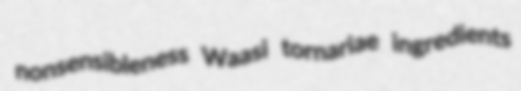
nonsensibleness Waasi tornariae ingredients